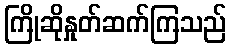
ကြိုဆိုနှုတ်ဆက်ကြသည်